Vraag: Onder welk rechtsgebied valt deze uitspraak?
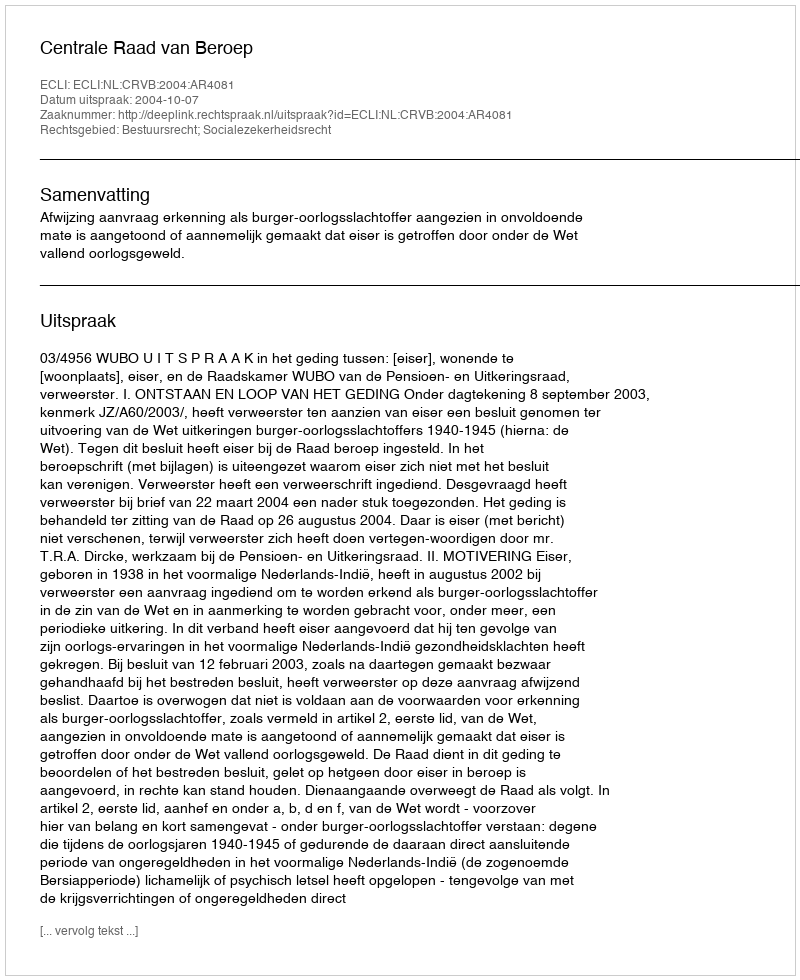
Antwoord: Bestuursrecht; Socialezekerheidsrecht